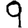
Digit: 9